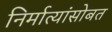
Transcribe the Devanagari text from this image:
निर्मात्यांसोबत